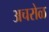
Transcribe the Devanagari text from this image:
अचरोळ